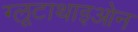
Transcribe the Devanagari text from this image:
ग्लूटाथाइओन